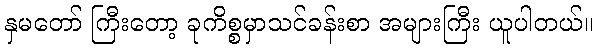
နှမတော် ကြီးတော့ ခုကိစ္စမှာသင်ခန်းစာ အများကြီး ယူပါတယ်။